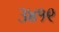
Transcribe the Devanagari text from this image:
३४१९